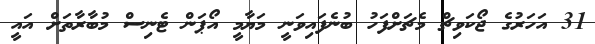
31 އަހަރުގެ ޖޯކަވިޗް މެޗަށްފަހު ބުނެފައިވަނީ މަޔާމީ އޯޕަން ޓެނިސް މުބާރާތަށް އައީ